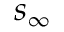
s _ { \infty }